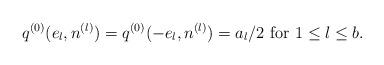
LaTeX: \begin{align*}q^{(0)}(e_l,n^{(l)})=q^{(0)}(-e_l,n^{(l)})=a_l/2\ {\rm for}\ 1\leq l\leq b.\end{align*}